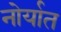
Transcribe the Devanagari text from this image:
नोर्यात